Civil Veterinary Department Bihar & Orissa reports 1929-36 - 1929-1936
Year: 1929
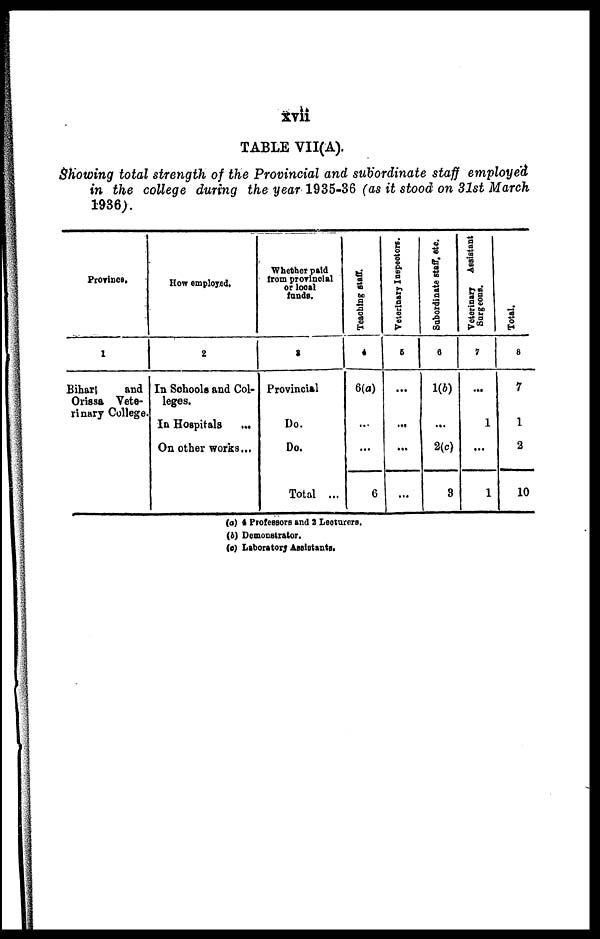
xvii
TABLE VII(A).
Showing total strength of the Provincial and subordinate staff employed
in the college during the year 1935-36 (as it stood on 31st March
1936).
Province.
1
Bihar
and
Orissa Vete-
rinary College.
How employed.
2
In Schools and Col-
leges.
In Hospitals
...
On other works...
Whether paid
from provincial
or local
funds.
3
Provincial
Do.
Do.
Total ...
Teaching staff.
4
6(a)
...
...
6
Veterinary Inspectors.
5
...
...
...
...
Subordinate staff, etc
6
1(b)
...
2(c)
3
Veterinary
Assistant
Surgeons.
7
...
1
...
1
Total.
8
7
1
2
10
(a) 4 Professors and 2 Lecturers.
(b) Demonstrator.
(c) Laboratory Assistants.